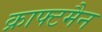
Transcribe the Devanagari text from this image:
क्राफ्टमैन